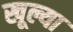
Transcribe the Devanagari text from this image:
खूल्या